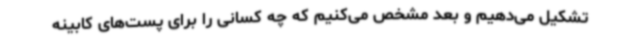
تشکیل می‌دهیم و بعد مشخص می‌کنیم که چه کسانی را برای پست‌های کابینه